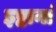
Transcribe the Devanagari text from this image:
इष्टानां